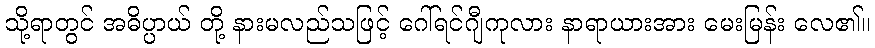
သို့ရာတွင် အဓိပ္ပာယ် တို့ နားမလည်သဖြင့် ဂေါ်ရင်ဂျီကုလား နာရာယားအား မေးမြန်း လေ၏။